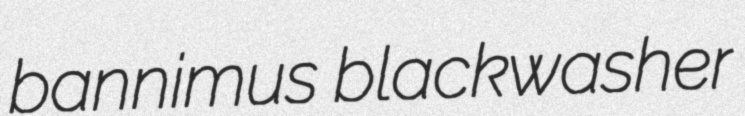
bannimus blackwasher